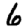
Digit: 6